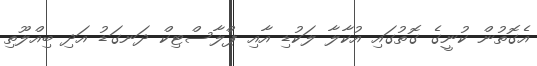
އެގޮތުން ކުނީގެ ގޮތުގައި އުކާލާ ލަކުޑި އާއި ޕްލާސްޓިކް ދަނގަޑު އަދި ބިއްލޫތި